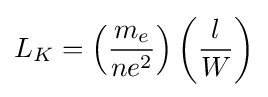
L_{K}=\left({\frac {m_{e}}{ne^{2}}}\right)\left({\frac {l}{W}}\right)